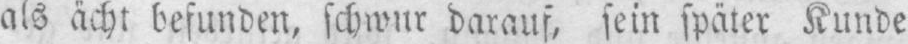
als ächt befunden, schwur darauf, sein später Kunde